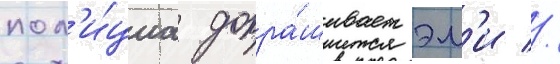
пол'и́циа допра́шивает эм'и //